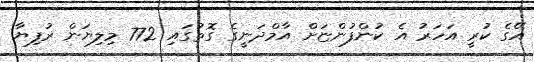
އޭގެ ކުރީ އަހަރު އެ ކުންފުންޏަށް އާމްދަނީގެ ގޮތުގައި 772 މިލިޔަން ރުފިޔާ